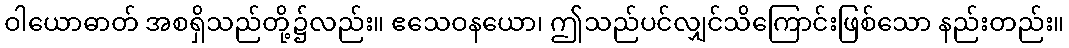
ဝါယောဓာတ် အစရှိသည်တို့၌လည်း။ ဧသေဝနယော၊ ဤသည်ပင်လျှင်သိကြောင်းဖြစ်သော နည်းတည်း။